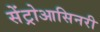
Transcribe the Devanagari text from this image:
सेंट्रोआसिनरी